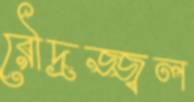
রৌদ্রজ্জ্বল